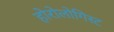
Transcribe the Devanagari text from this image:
होरोलोगिस्ट